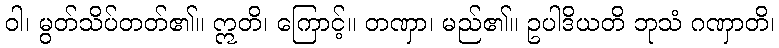
ဝါ၊ မွတ်သိပ်တတ်၏။ ဣတိ၊ ကြောင့်။ တဏှာ၊ မည်၏။ ဥပါဒိယတိ ဘုသံ ဂဏှာတိ၊